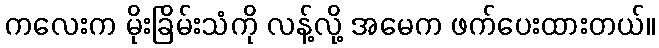
ကလေးက မိုးခြိမ်းသံကို လန့်လို့ အမေက ဖက်ပေးထားတယ်။